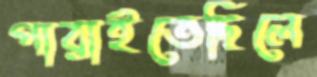
পারাইতেছিলে